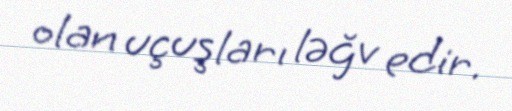
olan uçuşları ləğv edir.